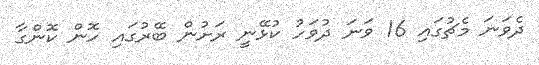
ދެވަނަ މެޗުގައި 16 ވަނަ ދުވަހު ކުޅޭނީ ރަށުން ބޭރުގައި ހޮން ކޮންގާ